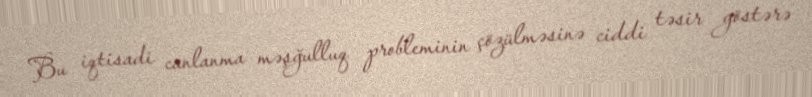
Bu iqtisadi canlanma məşğulluq probleminin çözülməsinə ciddi təsir göstərə